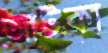
আটকা